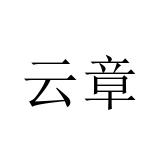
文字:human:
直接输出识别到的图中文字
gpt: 云章